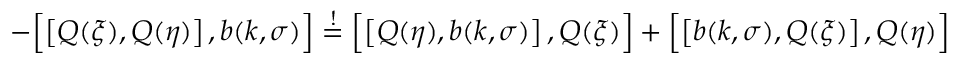
- \Bigl [ \left[ Q ( \xi ) , Q ( \eta ) \right] , b ( k , \sigma ) \Bigr ] \stackrel { ! } { = } \Bigl [ \left[ Q ( \eta ) , b ( k , \sigma ) \right] , Q ( \xi ) \Bigr ] + \Bigl [ \left[ b ( k , \sigma ) , Q ( \xi ) \right] , Q ( \eta ) \Bigr ]